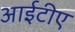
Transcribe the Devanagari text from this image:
आईटीए